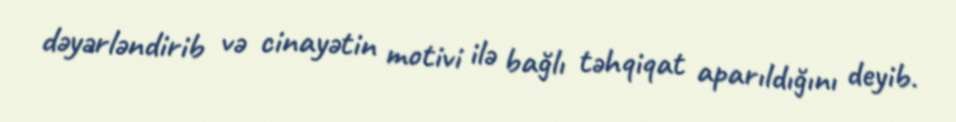
dəyərləndirib və cinayətin motivi ilə bağlı təhqiqat aparıldığını deyib.